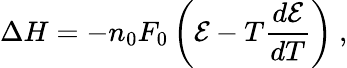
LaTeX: \Delta H=-n_{0}F_{0}\left({\mathcal{E}}-T{\frac{d{\mathcal{E}}}{dT}}\right)\ ,